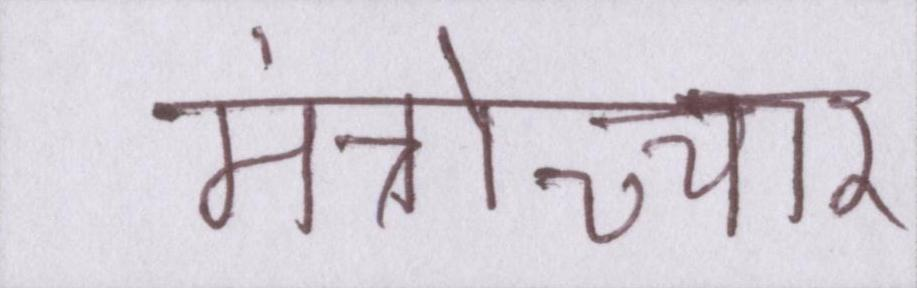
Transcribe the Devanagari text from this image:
मंत्रोच्चार